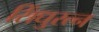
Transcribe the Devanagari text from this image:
सिंधुरत्न